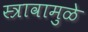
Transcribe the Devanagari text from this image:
स्त्रावामुळे